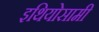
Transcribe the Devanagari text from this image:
इथियोसामी